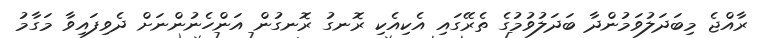
ރާއްޖެ މިބަދަލުވަމުންދާ ބަދަލުވުމުގެ ތެރޭގައި އެކިއެކި ރޮނގު ރޮނގުން އަންހެނުންނަށް ދެވިފައިވާ މަގާމު